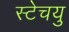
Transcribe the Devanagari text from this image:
स्टेचयु